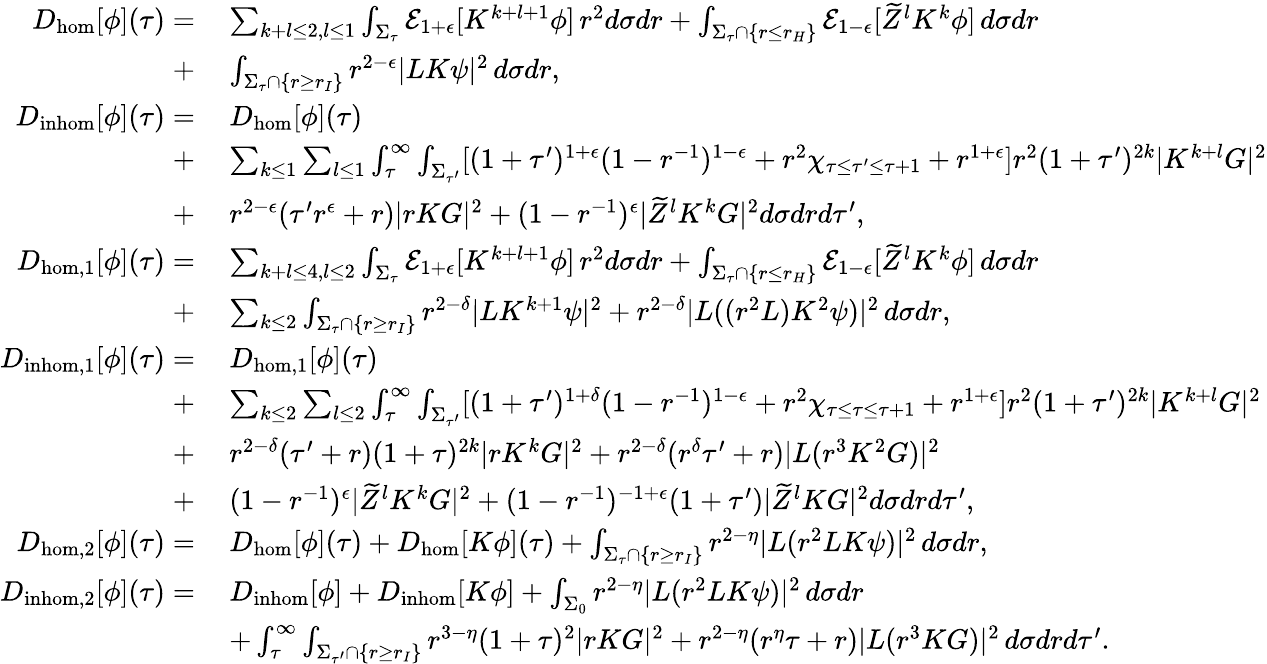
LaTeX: \begin{array}{rl}{D_{\mathrm{hom}}[\phi](\tau)=}&{\: \sum_{k+l\leq 2,l\leq 1}\int_{\Sigma_{\tau}}\mathcal{E}_{1+\epsilon}[K^{k+l+1}\phi]\, r^{2}d\sigma dr+\int_{\Sigma_{\tau}\cap\{ r\leq r_{H}\} }\mathcal{E}_{1-\epsilon}[\widetilde{Z}^{l}K^{k}\phi]\, d\sigma dr}\\ {+}&{\: \int_{\Sigma_{\tau}\cap\{ r\geq r_{I}\} }r^{2-\epsilon}|LK\psi|^{2}\, d\sigma dr,}\\ {D_{\mathrm{inhom}}[\phi](\tau)=}&{\: D_{\mathrm{hom}}[\phi](\tau)}\\ {+}&{\: \sum_{k\leq 1}\sum_{l\leq 1}\int_{\tau}^{\infty}\int_{\Sigma_{\tau^{\prime}}}[(1+\tau^{\prime})^{1+\epsilon}(1-r^{-1})^{1-\epsilon}+r^{2}\chi_{\tau\leq\tau^{\prime}\leq\tau+1}+r^{1+\epsilon}]r^{2}(1+\tau^{\prime})^{2k}|K^{k+l}G|^{2}}\\ {+}&{\: r^{2-\epsilon}(\tau^{\prime}r^{\epsilon}+r)|rKG|^{2}+(1-r^{-1})^{\epsilon}|\widetilde{Z}^{l}K^{k}G|^{2}d\sigma drd\tau^{\prime},}\\ {D_{\mathrm{hom},1}[\phi](\tau)=}&{\: \sum_{k+l\leq 4,l\leq 2}\int_{\Sigma_{\tau}}\mathcal{E}_{1+\epsilon}[K^{k+l+1}\phi]\, r^{2}d\sigma dr+\int_{\Sigma_{\tau}\cap\{ r\leq r_{H}\} }\mathcal{E}_{1-\epsilon}[\widetilde{Z}^{l}K^{k}\phi]\, d\sigma dr}\\ {+}&{\: \sum_{k\leq 2}\int_{\Sigma_{\tau}\cap\{ r\geq r_{I}\} }r^{2-\delta}|LK^{k+1}\psi|^{2}+r^{2-\delta}|L((r^{2}L)K^{2}\psi)|^{2}\, d\sigma dr,}\\ {D_{\mathrm{inhom},1}[\phi](\tau)=}&{\: D_{\mathrm{hom},1}[\phi](\tau)}\\ {+}&{\: \sum_{k\leq 2}\sum_{l\leq 2}\int_{\tau}^{\infty}\int_{\Sigma_{\tau^{\prime}}}[(1+\tau^{\prime})^{1+\delta}(1-r^{-1})^{1-\epsilon}+r^{2}\chi_{\tau\leq\tau\leq\tau+1}+r^{1+\epsilon}]r^{2}(1+\tau^{\prime})^{2k}|K^{k+l}G|^{2}}\\ {+}&{\: r^{2-\delta}(\tau^{\prime}+r)(1+\tau)^{2k}|rK^{k}G|^{2}+r^{2-\delta}(r^{\delta}\tau^{\prime}+r)|L(r^{3}K^{2}G)|^{2}}\\ {+}&{\: (1-r^{-1})^{\epsilon}|\widetilde{Z}^{l}K^{k}G|^{2}+(1-r^{-1})^{-1+\epsilon}(1+\tau^{\prime})|\widetilde{Z}^{l}KG|^{2}d\sigma drd\tau^{\prime},}\\ {D_{\mathrm{hom},2}[\phi](\tau)=}&{\: D_{\mathrm{hom}}[\phi](\tau)+D_{\mathrm{hom}}[K\phi](\tau)+\int_{\Sigma_{\tau}\cap\{ r\geq r_{I}\} }r^{2-\eta}|L(r^{2}LK\psi)|^{2}\, d\sigma dr,}\\ {D_{\mathrm{inhom},2}[\phi](\tau)=}&{\: D_{\mathrm{inhom}}[\phi]+D_{\mathrm{inhom}}[K\phi]+\int_{\Sigma_{0}}r^{2-\eta}|L(r^{2}LK\psi)|^{2}\, d\sigma dr}\\ &{\: +\int_{\tau}^{\infty}\int_{\Sigma_{\tau^{\prime}}\cap\{ r\geq r_{I}\} }r^{3-\eta}(1+\tau)^{2}|rKG|^{2}+r^{2-\eta}(r^{\eta}\tau+r)|L(r^{3}KG)|^{2}\, d\sigma drd\tau^{\prime}.}\end{array}